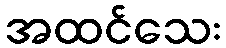
အထင်သေး